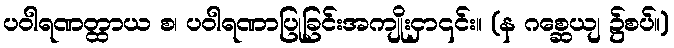
ပဝါရဏတ္ထာယ စ၊ ပဝါရဏာပြုခြင်းအကျိုးငှာ၎င်း။ (န ဂစ္ဆေယျ ၌စပ်။)